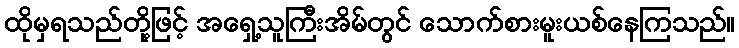
ထိုမှရသည်တို့ဖြင့် အရှေ့သူကြီးအိမ်တွင် သောက်စားမူးယစ်နေကြသည်။